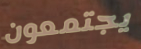
يجتمعون